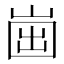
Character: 𡹏